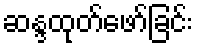
ဆန္ဒထုတ်ဖော်ခြင်း